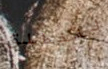
لننطلق